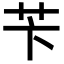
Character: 苄